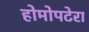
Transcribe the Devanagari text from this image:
होमोपटेरा